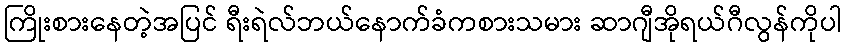
ကြိုးစားနေတဲ့အပြင် ရီးရဲလ်ဘယ်နောက်ခံကစားသမား ဆာဂျီအိုရယ်ဂီလွန်ကိုပါ